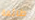
طائفة